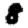
Digit: 8